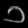
Digit: ၁